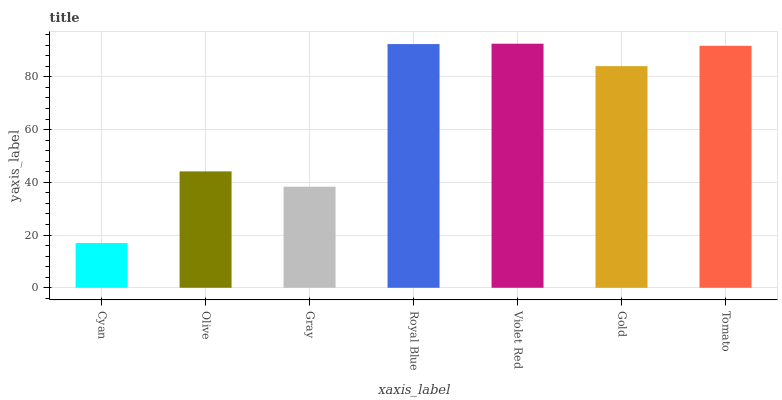
| xaxis_label | bars |
 | --- | --- |
 | Cyan | 17 |
 | Olive | 44.1 |
 | Gray | 38.3 |
 | Royal Blue | 92.4 |
 | Violet Red | 92.6 |
 | Gold | 84.1 |
 | Tomato | 91.8 |